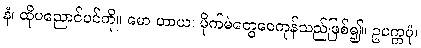
နံ၊ ထိုပညောင်ပင်ကို။ မော ဟာယ၊ မိုက်မဲတွေဝေကုန်သည်ဖြစ်၍။ ဥပက္ကမုံ၊